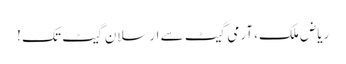
ریاض ملک، آرمی گیٹ سے ارسلان گیٹ تک !